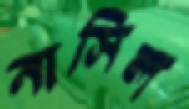
নাসিল